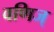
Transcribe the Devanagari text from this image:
वणिज्